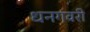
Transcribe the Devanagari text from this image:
धनगवरी